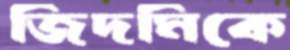
জিদমিকে